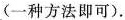
(一种方法即可).